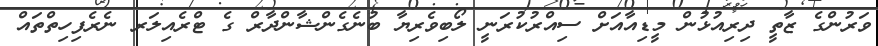
ވަރުންގެ ޒާތީ ދިރިއުޅުން މީޑިއާއަށް ސިއްރުކުރަނީ ލޯބިވެރިޔާ ބުނެގެންޝާންދާރް ގެ ޓްރެއިލަރ ނެރެފިހިތްތައް